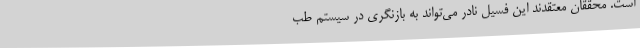
است. محققان معتقدند این فسیل نادر می‌تواند به بازنگری در سیستم طب